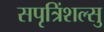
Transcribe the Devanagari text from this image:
सपृत्रिंशल्सु